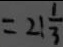
= 2 1 \frac { 1 } { 3 }